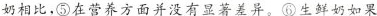
奶相比，⑤在营养方面并没有显著差异。⑥生鲜奶如果